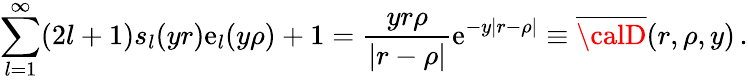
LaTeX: \sum_{l=1}^{\infty}(2l+1)s_{l}(yr)\mathrm{e}_{l}(y\rho)+1=\frac{{yr\rho}}{{|r-\rho|}}\mathrm{e}^{-y|r-\rho|}\equiv\overline{{{{\calD}}}}(r,\rho,y)\, {.}